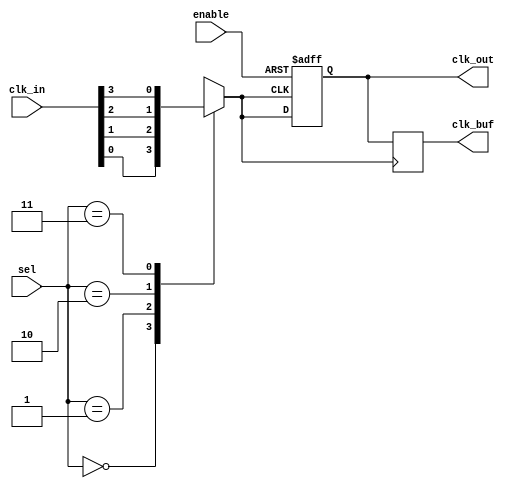
module Clock_Multiplexer_Buffer #(
    parameter n = 4, // Number of clock inputs
    parameter m = 2  // Number of select lines (for n clock inputs)
)(
    input wire [n-1:0] clk_in,    // Clock inputs
    input wire [m-1:0] sel,       // Select lines
    input wire enable,             // Enable signal
    output reg clk_out,            // Selected clock output
    output reg clk_buf             // Buffered clock output
);

    // Internal signal for selected clock
    wire selected_clk;

    // Combinational logic to select the clock input based on select lines
    always @(*) begin
        case (sel)
            2'b00: selected_clk = clk_in[0];
            2'b01: selected_clk = clk_in[1];
            2'b10: selected_clk = clk_in[2];
            2'b11: selected_clk = clk_in[3];
            default: selected_clk = 1'b0; // Default case to handle unexpected situations
        endcase
    end

    // Sequential logic to manage clock output based on enable signal
    always @(posedge selected_clk or negedge enable) begin
        if (!enable) begin
            clk_out <= 1'b0; // Hold low when disabled
        end else begin
            clk_out <= selected_clk; // Route selected clock to output
        end
    end

    // Buffered clock output
    always @(posedge selected_clk) begin
        clk_buf <= clk_out; // Buffering the selected clock output
    end

endmodule